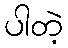
ပါတဲ့